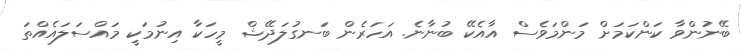
ބޭނުންވާ ކަންކަމަށް މަންމަވެސް އާއެކޭ ބުނާނެ. އަހަރެން ބަނގުލަދޭޝް މީހަކާ އިނުމަކީ މައްސަލައެއްތަ